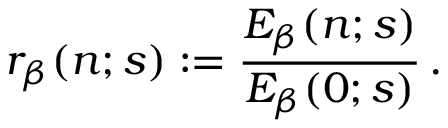
r _ { \beta } ( n ; s ) : = { \frac { E _ { \beta } ( n ; s ) } { E _ { \beta } ( 0 ; s ) } } \, .